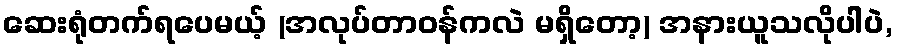
ဆေးရုံတက်ရပေမယ့် (အလုပ်တာဝန်ကလဲ မရှိတော့) အနားယူသလိုပါပဲ,